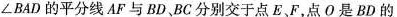
∠BAD的平分线AF与BD BC分别交于点E、F，点O是BD的